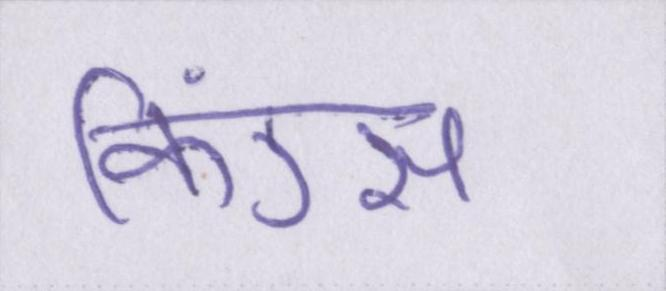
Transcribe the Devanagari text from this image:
किंग्स